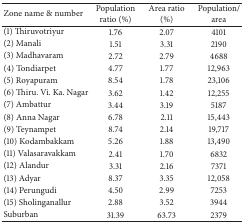
<table><thead><tr><td><b>Zone name &amp; number</b></td><td><b>Population ratio (%)</b></td><td><b>Area ratio (%)</b></td><td><b>Population/area</b></td></tr></thead><tbody><tr><td>(1) Thiruvotriyur</td><td>1.76</td><td>2.07</td><td>4101</td></tr><tr><td>(2) Manali</td><td>1.51</td><td>3.31</td><td>2190</td></tr><tr><td>(3) Madhavaram</td><td>2.72</td><td>2.79</td><td>4688</td></tr><tr><td>(4) Tondiarpet</td><td>4.77</td><td>1.77</td><td>12,963</td></tr><tr><td>(5) Royapuram</td><td>8.54</td><td>1.78</td><td>23,106</td></tr><tr><td>(6) Thiru. Vi. Ka. Nagar</td><td>3.62</td><td>1.42</td><td>12,255</td></tr><tr><td>(7) Ambattur</td><td>3.44</td><td>3.19</td><td>5187</td></tr><tr><td>(8) Anna Nagar</td><td>6.78</td><td>2.11</td><td>15,443</td></tr><tr><td>(9) Teynampet</td><td>8.74</td><td>2.14</td><td>19,717</td></tr><tr><td>(10) Kodambakkam</td><td>5.26</td><td>1.88</td><td>13,490</td></tr><tr><td>(11) Valasaravakkam</td><td>2.41</td><td>1.70</td><td>6832</td></tr><tr><td>(12) Alandur</td><td>3.31</td><td>2.16</td><td>7371</td></tr><tr><td>(13) Adyar</td><td>8.37</td><td>3.35</td><td>12,058</td></tr><tr><td>(14) Perungudi</td><td>4.50</td><td>2.99</td><td>7253</td></tr><tr><td>(15) Sholinganallur</td><td>2.88</td><td>3.52</td><td>3944</td></tr><tr><td>Suburban</td><td>31.39</td><td>63.73</td><td>2379</td></tr></tbody></table>